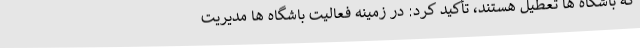
که باشگاه ها تعطیل هستند، تأکید کرد: در زمینه فعالیت باشگاه ها مدیریت